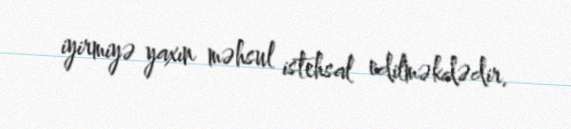
iyirmiyə yaxın məhsul istehsal edilməkdədir.